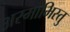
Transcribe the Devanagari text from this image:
अस्माभिस्तु